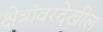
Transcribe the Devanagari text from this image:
क्षेत्रांवरदेखील